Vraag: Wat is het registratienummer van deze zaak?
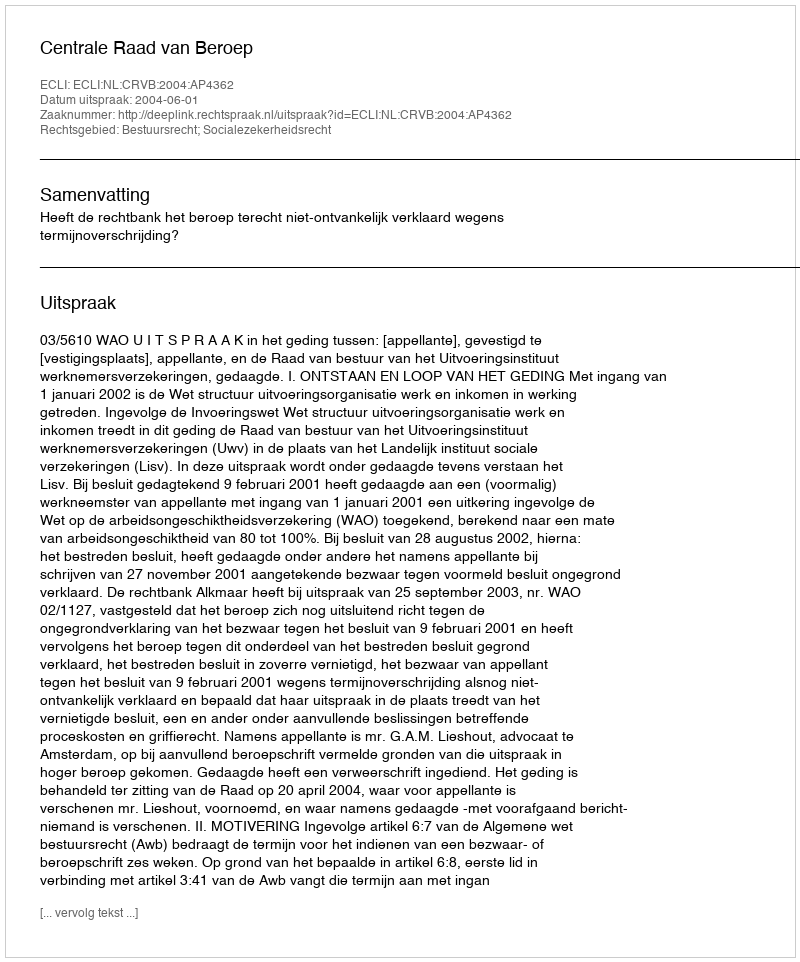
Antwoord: http://deeplink.rechtspraak.nl/uitspraak?id=ECLI:NL:CRVB:2004:AP4362